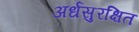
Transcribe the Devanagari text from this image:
अर्धसुरक्षित